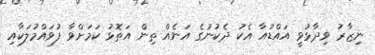
ނިޒާރު ވިދާޅުވީ އައްޑުއާ އެކު ދެކުނުގެ އަނެއް ތިން އަތޮޅު ކަަމަށްވާ ފުވައްމުލަކާއި